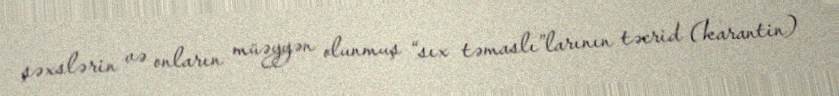
şəxslərin və onların müəyyən olunmuş “sıx təmaslı”larının təcrid (karantin)